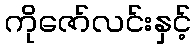
ကိုဇော်လင်းနှင့်